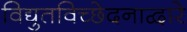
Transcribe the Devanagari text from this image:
विद्युतविच्छेदनाद्वारे